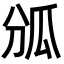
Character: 𤫫